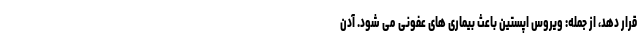
قرار دهد، از جمله: ویروس اپستین باعث بیماری های عفونی می شود. آدن